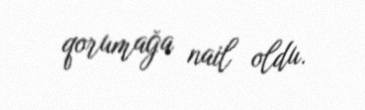
qorumağa nail oldu.